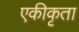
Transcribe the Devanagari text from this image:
एकीकृता